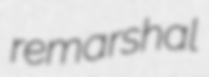
remarshal